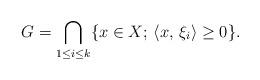
LaTeX: \begin{align*}G = \underset{1 \le i \le k}{\bigcap} \{x \in X;\, \langle x,\, \xi_i \rangle \ge 0\}.\end{align*}